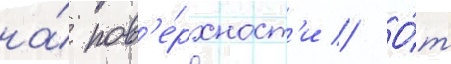
на́ пов'е́рхност'и // О́т